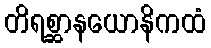
တိရစ္ဆာနယောနိကထံ